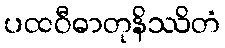
ပထဝီဓာတုနိဿိတံ